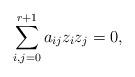
LaTeX: \begin{align*} \sum_{i,j=0}^{r+1} a_{ij} z_iz_j=0 ,\end{align*}